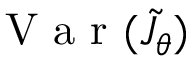
\mathrm { ~ V ~ a ~ r ~ } ( \tilde { J _ { \theta } } )